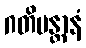
ဂတိမန္တာနံ